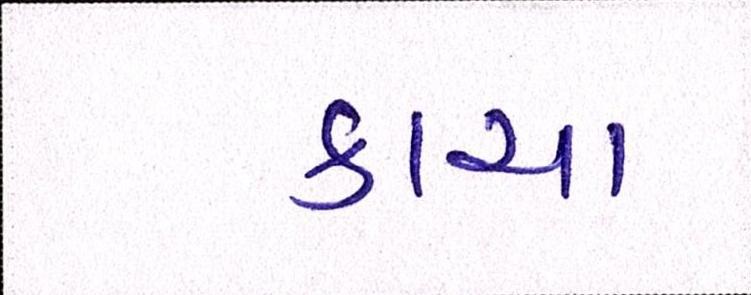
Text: કાચા